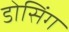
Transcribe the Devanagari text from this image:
डोसिंग